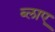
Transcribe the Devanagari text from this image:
ब्लाए